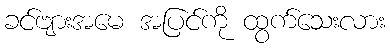
ခင်ဗျားအမေ အပြင်ကို ထွက်သေးလား